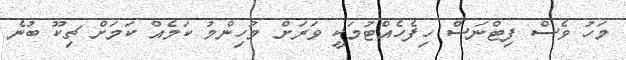
މަހު ވެސް ފިޓްނަސް ހިފެހެއްޓުމަކީ ވަރަށް މުހިންމު ކަމެއް ކަމަށް ޗިކޫ ބުނެ